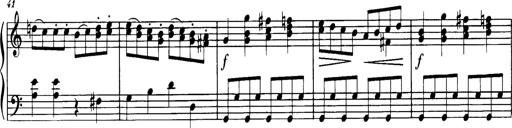
Title: Sonatine in C
Composer: Anton Eberl
Key: C major